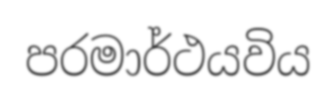
පරමාර්ථයවිය